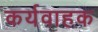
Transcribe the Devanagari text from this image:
कर्यवाहक